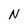
Character: N